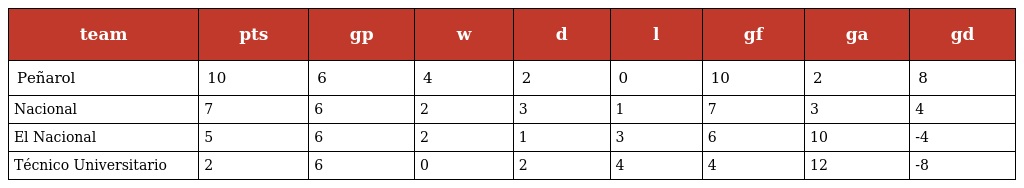
| team | pts | gp | w | d | l | gf | ga | gd |
 | --- | --- | --- | --- | --- | --- | --- | --- | --- |
 | Peñarol | 10 | 6 | 4 | 2 | 0 | 10 | 2 | 8 |
 | Nacional | 7 | 6 | 2 | 3 | 1 | 7 | 3 | 4 |
 | El Nacional | 5 | 6 | 2 | 1 | 3 | 6 | 10 | -4 |
 | Técnico Universitario | 2 | 6 | 0 | 2 | 4 | 4 | 12 | -8 |